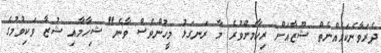
ދެރަވާނެކަމެއްނެތް ޝޫޒާއަށް ރިހާމަށްވުރެ މާ ރަނގަޅު މީހުންވެސް ވާނެ" ޝިހާމާއި ޝުޒާ ވަކިވުމުގެ